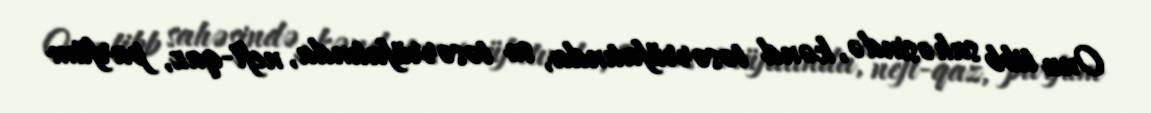
Onu tibb sahəsində, kənd təsərrüfatında, su təsərrüfatında, neft-qaz, parfüm